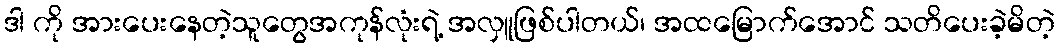
ဒါ ကို အားပေးနေတဲ့သူတွေအကုန်လုံးရဲ့ အလှူဖြစ်ပါတယ်၊ အထမြောက်အောင် သတိပေးခဲ့မိတဲ့